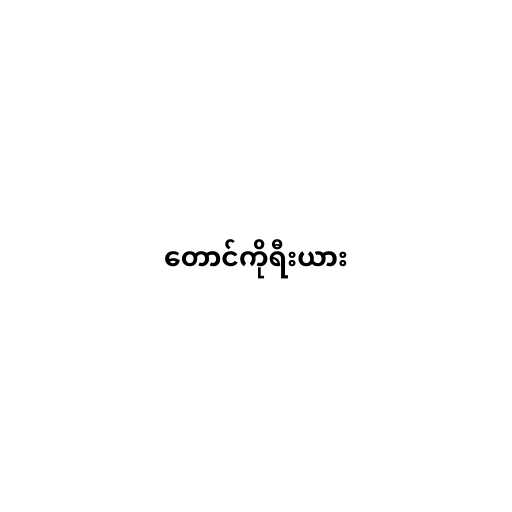
တောင်ကိုရီးယား